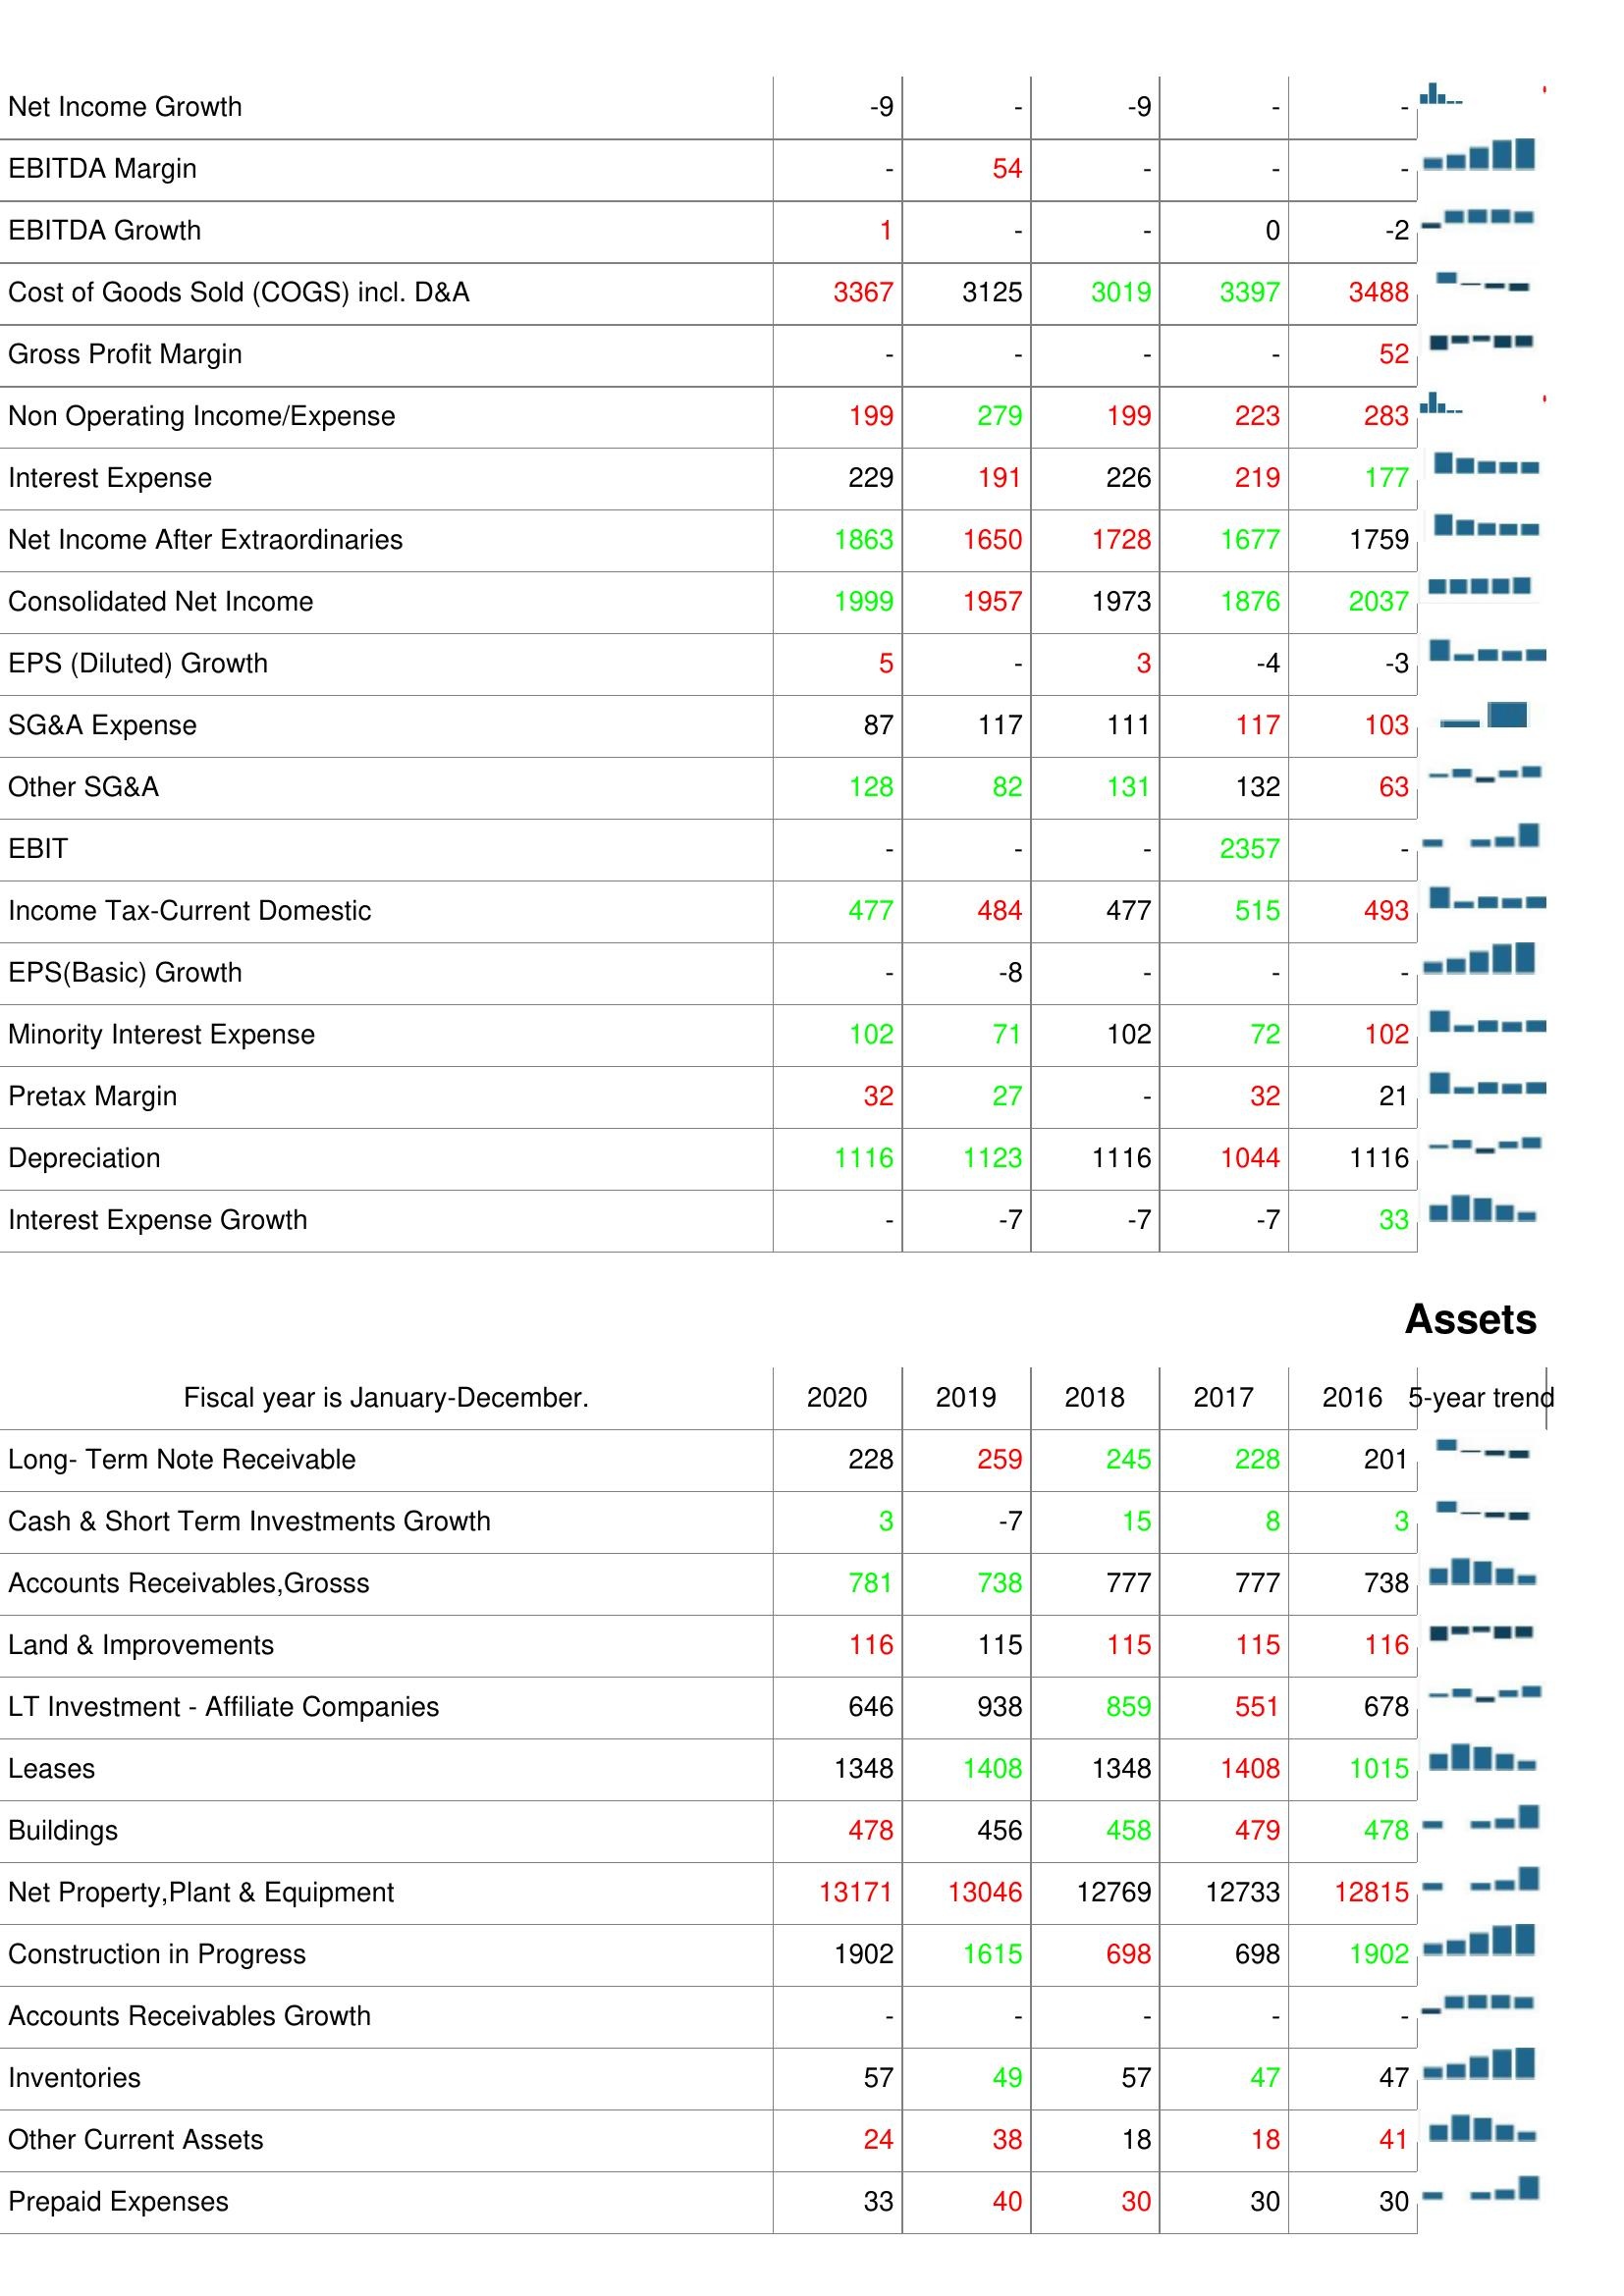
2020: : Net Income Growth: -9
EBITDA Margin: -
EBITDA Growth: 1
Cost of Goods Sold (COGS) incl. D&A: 3367
Gross Profit Margin: -
Non Operating Income/Expense: 199
Interest Expense: 229
Net Income After Extraordinaries: 1863
Consolidated Net Income: 1999
EPS (Diluted) Growth: 5
SG&A Expense: 87
Other SG&A: 128
EBIT: -
Income Tax-Current Domestic: 477
EPS(Basic) Growth: -
Minority Interest Expense: 102
Pretax Margin: 32
Depreciation: 1116
Interest Expense Growth: -
Assets: Long- Term Note Receivable: 228
Cash & Short Term Investments Growth: 3
Accounts Receivables,Grosss: 781
Land & Improvements: 116
LT Investment - Affiliate Companies: 646
Leases: 1348
Buildings: 478
Net Property,Plant & Equipment: 13171
Construction in Progress: 1902
Accounts Receivables Growth: -
Inventories: 57
Other Current Assets: 24
Prepaid Expenses: 33
2019: : Net Income Growth: -
EBITDA Margin: 54
EBITDA Growth: -
Cost of Goods Sold (COGS) incl. D&A: 3125
Gross Profit Margin: -
Non Operating Income/Expense: 279
Interest Expense: 191
Net Income After Extraordinaries: 1650
Consolidated Net Income: 1957
EPS (Diluted) Growth: -
SG&A Expense: 117
Other SG&A: 82
EBIT: -
Income Tax-Current Domestic: 484
EPS(Basic) Growth: -8
Minority Interest Expense: 71
Pretax Margin: 27
Depreciation: 1123
Interest Expense Growth: -7
Assets: Long- Term Note Receivable: 259
Cash & Short Term Investments Growth: -7
Accounts Receivables,Grosss: 738
Land & Improvements: 115
LT Investment - Affiliate Companies: 938
Leases: 1408
Buildings: 456
Net Property,Plant & Equipment: 13046
Construction in Progress: 1615
Accounts Receivables Growth: -
Inventories: 49
Other Current Assets: 38
Prepaid Expenses: 40
2018: : Net Income Growth: -9
EBITDA Margin: -
EBITDA Growth: -
Cost of Goods Sold (COGS) incl. D&A: 3019
Gross Profit Margin: -
Non Operating Income/Expense: 199
Interest Expense: 226
Net Income After Extraordinaries: 1728
Consolidated Net Income: 1973
EPS (Diluted) Growth: 3
SG&A Expense: 111
Other SG&A: 131
EBIT: -
Income Tax-Current Domestic: 477
EPS(Basic) Growth: -
Minority Interest Expense: 102
Pretax Margin: -
Depreciation: 1116
Interest Expense Growth: -7
Assets: Long- Term Note Receivable: 245
Cash & Short Term Investments Growth: 15
Accounts Receivables,Grosss: 777
Land & Improvements: 115
LT Investment - Affiliate Companies: 859
Leases: 1348
Buildings: 458
Net Property,Plant & Equipment: 12769
Construction in Progress: 698
Accounts Receivables Growth: -
Inventories: 57
Other Current Assets: 18
Prepaid Expenses: 30
2017: : Net Income Growth: -
EBITDA Margin: -
EBITDA Growth: 0
Cost of Goods Sold (COGS) incl. D&A: 3397
Gross Profit Margin: -
Non Operating Income/Expense: 223
Interest Expense: 219
Net Income After Extraordinaries: 1677
Consolidated Net Income: 1876
EPS (Diluted) Growth: -4
SG&A Expense: 117
Other SG&A: 132
EBIT: 2357
Income Tax-Current Domestic: 515
EPS(Basic) Growth: -
Minority Interest Expense: 72
Pretax Margin: 32
Depreciation: 1044
Interest Expense Growth: -7
Assets: Long- Term Note Receivable: 228
Cash & Short Term Investments Growth: 8
Accounts Receivables,Grosss: 777
Land & Improvements: 115
LT Investment - Affiliate Companies: 551
Leases: 1408
Buildings: 479
Net Property,Plant & Equipment: 12733
Construction in Progress: 698
Accounts Receivables Growth: -
Inventories: 47
Other Current Assets: 18
Prepaid Expenses: 30
2016: : Net Income Growth: -
EBITDA Margin: -
EBITDA Growth: -2
Cost of Goods Sold (COGS) incl. D&A: 3488
Gross Profit Margin: 52
Non Operating Income/Expense: 283
Interest Expense: 177
Net Income After Extraordinaries: 1759
Consolidated Net Income: 2037
EPS (Diluted) Growth: -3
SG&A Expense: 103
Other SG&A: 63
EBIT: -
Income Tax-Current Domestic: 493
EPS(Basic) Growth: -
Minority Interest Expense: 102
Pretax Margin: 21
Depreciation: 1116
Interest Expense Growth: 33
Assets: Long- Term Note Receivable: 201
Cash & Short Term Investments Growth: 3
Accounts Receivables,Grosss: 738
Land & Improvements: 116
LT Investment - Affiliate Companies: 678
Leases: 1015
Buildings: 478
Net Property,Plant & Equipment: 12815
Construction in Progress: 1902
Accounts Receivables Growth: -
Inventories: 47
Other Current Assets: 41
Prepaid Expenses: 30